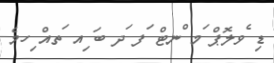
ޑި ެވލޮޕް ަމ ްނޓް ަފ ަދ ބަ ިއ ަތއް ިހމެ